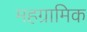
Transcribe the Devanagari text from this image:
महग्रामिक